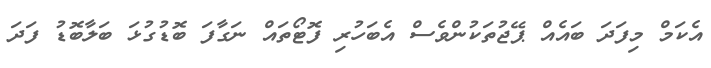
އެކަމް މިފަދަ ބައެއް ޕޭޖުތަކުންވެސް އެބަހުރި ފޮޓޯތައް ނަގާފަ ބޮޑުގުޅަ ބަލާބޮޑު ފަދަ